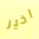
اخير